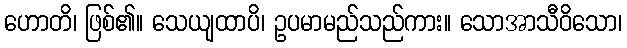
ဟောတိ၊ ဖြစ်၏။ သေယျထာပိ၊ ဥပမာမည်သည်ကား။ သောအာသီဝိသော၊